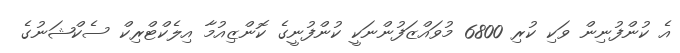
އެ ކުންފުނިން ވަކި ކުރި 6800 މުވައްޒަފުންނަކީ ކުންފުނީގެ ކޮންޒިއުމާ އިލެކްޓްރިކް ސެކްޝަނުގެ